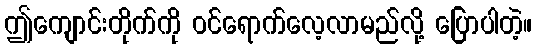
ဤကျောင်းတိုက်ကို ဝင်ရောက်လေ့လာမည်လို့ ပြောပါတဲ့။